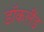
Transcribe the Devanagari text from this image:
डॉकलैंड